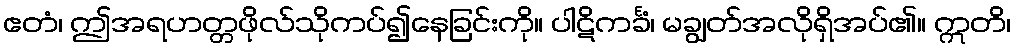
ဧတံ၊ ဤအရဟတ္တဖိုလ်သိုကပ်၍နေခြင်းကို။ ပါဋိကင်္ခံ၊ မချွတ်အလိုရှိအပ်၏။ ဣတိ၊